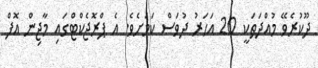
ދޫކުރެވޭ މުއްދަތަކީ 20 އަހަރު ދުވަސް ކަމަށެވެ. އެ ޕްރޮޖެކްޓްގައި މާޖިން އޮފް